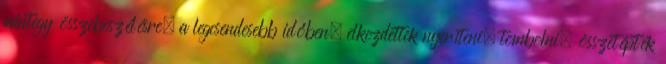
mintegy összebeszélésre, a legcsendesebb időben, elkezdettek nyeríteni, tombolni; összetépték